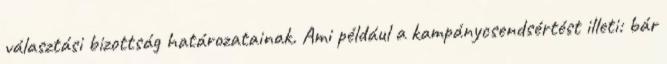
választási bizottság határozatainak. Ami például a kampánycsendsértést illeti: bár